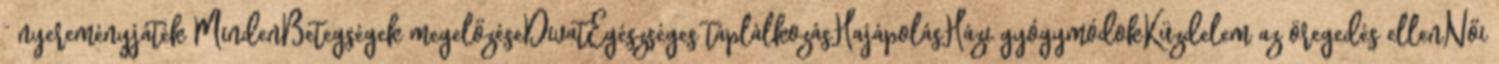
” nyereményjáték MindenBetegségek megelőzéseDivatEgészséges táplálkozásHajápolásHázi gyógymódokKüzdelem az öregedés ellenNői